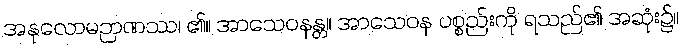
အနုလောမဉာဏဿ၊ ၏။ အာသေဝနန္တ။ အာသေဝန ပစ္စည်းကို ရသည်၏ အဆုံး၌။